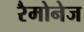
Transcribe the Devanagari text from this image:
रैमोनेज